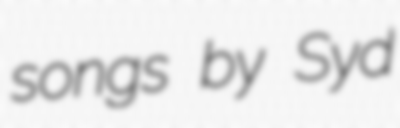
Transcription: songs by Syd